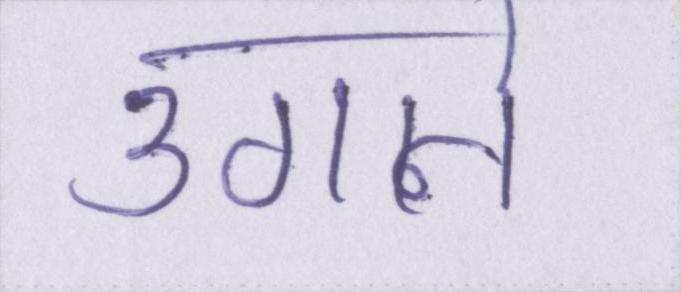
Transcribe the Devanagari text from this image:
उगाने